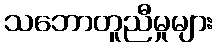
သဘောတူညီမှုများ